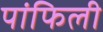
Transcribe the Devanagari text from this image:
पांफिली